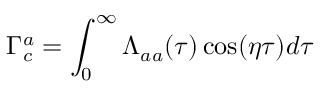
\Gamma _ { c } ^ { a } = \int _ { 0 } ^ { \infty } \Lambda _ { a a } ( \tau ) \cos ( \eta \tau ) d \tau